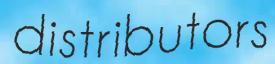
distributors